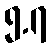
၅.၇